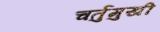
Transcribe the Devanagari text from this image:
चर्तुमुखी